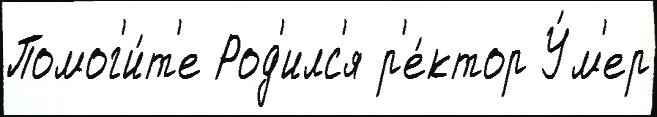
Помог'и́т'е Род'илс'я р'е́ктор У́м'ер